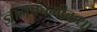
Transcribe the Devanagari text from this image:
ज्ञानपंचमीकथा